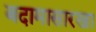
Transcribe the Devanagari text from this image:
बदामासारखा